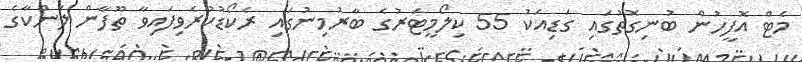
މެޓް އޮފީހުން ބުނިގޮތުގައި ގަޑިއަކު 55 ކިލޯމީޓަރުގެ ބާރުމިނުގައި ރެކޯޑުކުރެވިފައިވާ ތޫފާން ލަންކާގެ